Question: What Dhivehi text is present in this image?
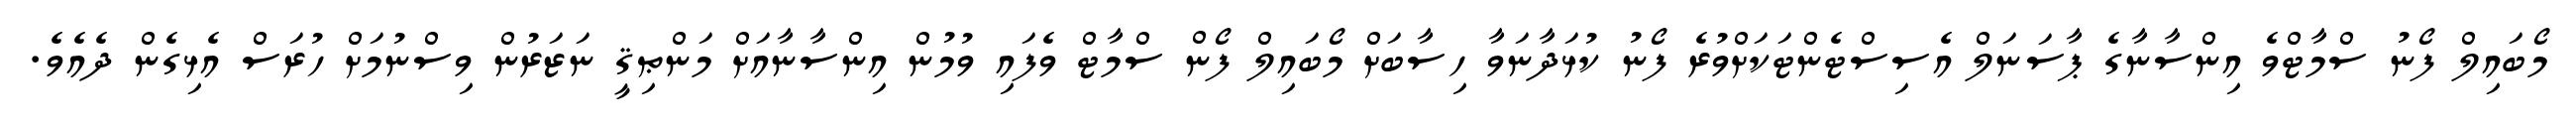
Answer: މޯބައިލް ފޯނު ސްމާޓްވެ އިންސާނާގެ ޕާސަނަލް އެސިސްޓެންޓަކަށްވުރެ ފޯނު ކުޅަދާނަވާ ހިސާބަށް މޯބައިލް ފޯން ސްމާޓް ވެފައި ވުމުން އިންސާނާއަށް މަންޠިޤީ ނަޒަރުން ވިސްނުމަށް ހުރަސް އެޅިގެން ދެއެވެ.